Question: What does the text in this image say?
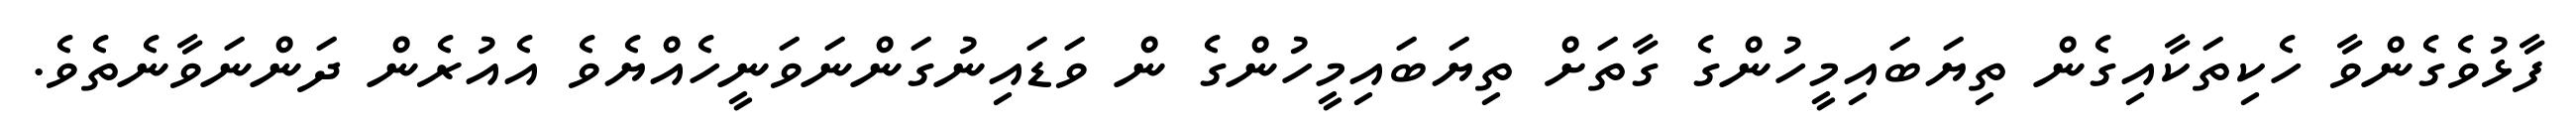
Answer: ފާޅުވެގެންވާ ހެކިތަކާއިގެން ތިޔަބައިމީހުންގެ ގާތަށް ތިޔަބައިމީހުންގެ ން ވަޑައިނުގަންނަވަނީހެއްޔެވެ އެއުރެން ދަންނަވާނެތެވެ.